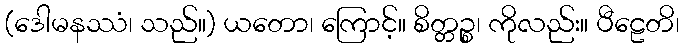
(ဒေါမနဿံ၊ သည်။) ယတော၊ ကြောင့်။ စိတ္တဉ္စ၊ ကိုလည်း။ ပီဠေတိ၊